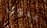
عدوي